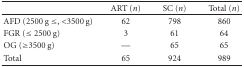
<table><thead><tr><td></td><td><b>ART (<i>n</i>)</b></td><td><b>SC (<i>n</i>)</b></td><td><b>Total (<i>n</i>)</b></td></tr></thead><tbody><tr><td>AFD (2500 g ≤, &lt;3500 g)</td><td>62</td><td>798</td><td>860</td></tr><tr><td>FGR (≤ 2500 g)</td><td>3</td><td>61</td><td>64</td></tr><tr><td>OG (≥3500 g)</td><td>—</td><td>65</td><td>65</td></tr><tr><td>Total</td><td>65</td><td>924</td><td>989</td></tr></tbody></table>